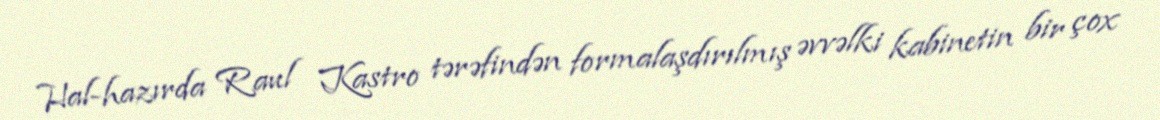
Hal-hazırda Raul Kastro tərəfindən formalaşdırılmış əvvəlki kabinetin bir çox